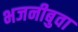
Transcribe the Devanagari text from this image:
भजनीबुवा